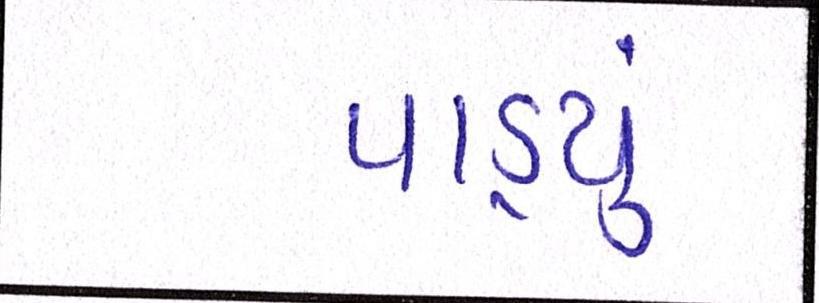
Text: પાડ્યું